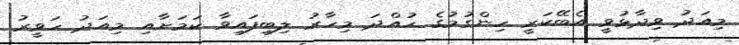
މިއަދު ވިދާޅުވީ އެބޭކަރީ ހިންގުމުގެ ހުއްދަ މިހާރު ލިބިފައިވާ ކަމަށާއި މިއަދު ހަވީރު